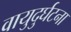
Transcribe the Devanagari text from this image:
वायुदुर्घटना